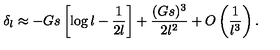
\delta _ { l } \approx - G s \left[ \log { l } - { \frac { 1 } { 2 l } } \right] + { \frac { ( G s ) ^ { 3 } } { 2 l ^ { 2 } } } + O \left( \frac { 1 } { l ^ { 3 } } \right) .